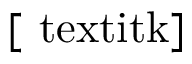
\mathrm { [ \ t e x t i t { k } ] }